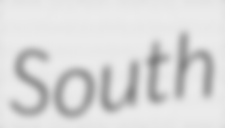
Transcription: South